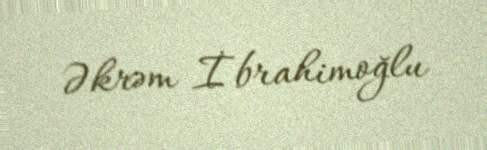
Əkrəm İbrahimoğlu